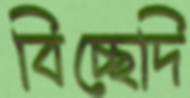
বিচ্ছেদি